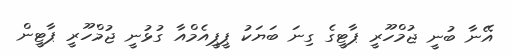
އޭނާ ބުނީ ޖުމްހޫރީ ޕާޓީގެ ގިނަ ބަޔަކު ޕީޕީއެމްއާ ގުޅުނީ ޖުމްހޫރީ ޕާޓީން